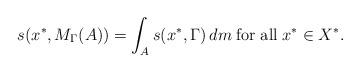
LaTeX: \begin{align*}s(x^*,M_{\Gamma}(A))=\int_A s(x^*,\Gamma)\, dm \; {\rm for} \; {\rm all } \; x^*\in X^*.\end{align*}